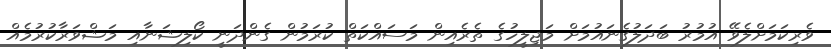
ވެރިކަމަށްލެވޭ އުމުރު ބަދަލުގެނައުމަށް މަޖިލީހުގެ ތެރެއިން މަސައްކަތް ކުރަމުން ގެންދަނީ ކޯލިޝަނާއި މަޝްވަރާކުރުމެއް